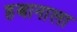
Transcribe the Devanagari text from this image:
हबानाला